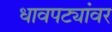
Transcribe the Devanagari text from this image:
धावपट्यांवर